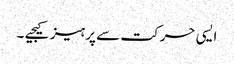
ایسی حرکت سے پرہیز کیجیے ۔